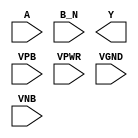
module sky130_fd_sc_hdll__nor2b (
    //# {{data|Data Signals}}
    input  A   ,
    input  B_N ,
    output Y   ,

    //# {{power|Power}}
    input  VPB ,
    input  VPWR,
    input  VGND,
    input  VNB
);
endmodule